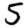
Digit: 5